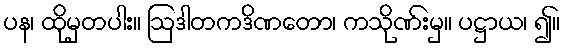
ပန၊ ထိုမှတပါး။ ဩဒါတကဒိဏတော၊ ကသိုဏ်းမှ။ ပဋ္ဌာယ၊ ၍။